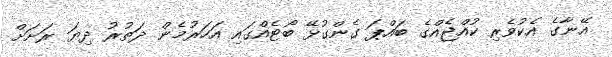
އޭނާގެ އެކުވެރި ކުއްޖެއްގެ ބައްޕަ ގެންގުޅޭ ބޯޓެއްގައި އަހަރުމެން ދަތުރު ދިޔަ ރަށަށް